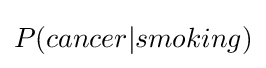
P(cancer|smoking)